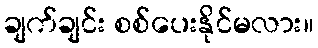
ချက်ချင်း စစ်ပေးနိုင်မလား။